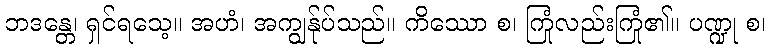
ဘဒန္တေ၊ ရှင်ရသေ့။ အဟံ၊ အကျွန်ုပ်သည်။ ကိဿော စ၊ ကြုံလည်းကြုံ၏။ ပဏ္ဍု စ၊